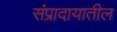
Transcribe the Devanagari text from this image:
संप्रादायातील